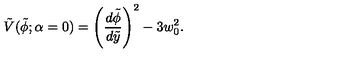
\tilde { V } ( \tilde { \phi } ; { \alpha = 0 } ) = \left( { \frac { d \tilde { \phi } } { d \tilde { y } } } \right) ^ { 2 } - 3 w _ { 0 } ^ { 2 } .